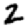
Digit: 2